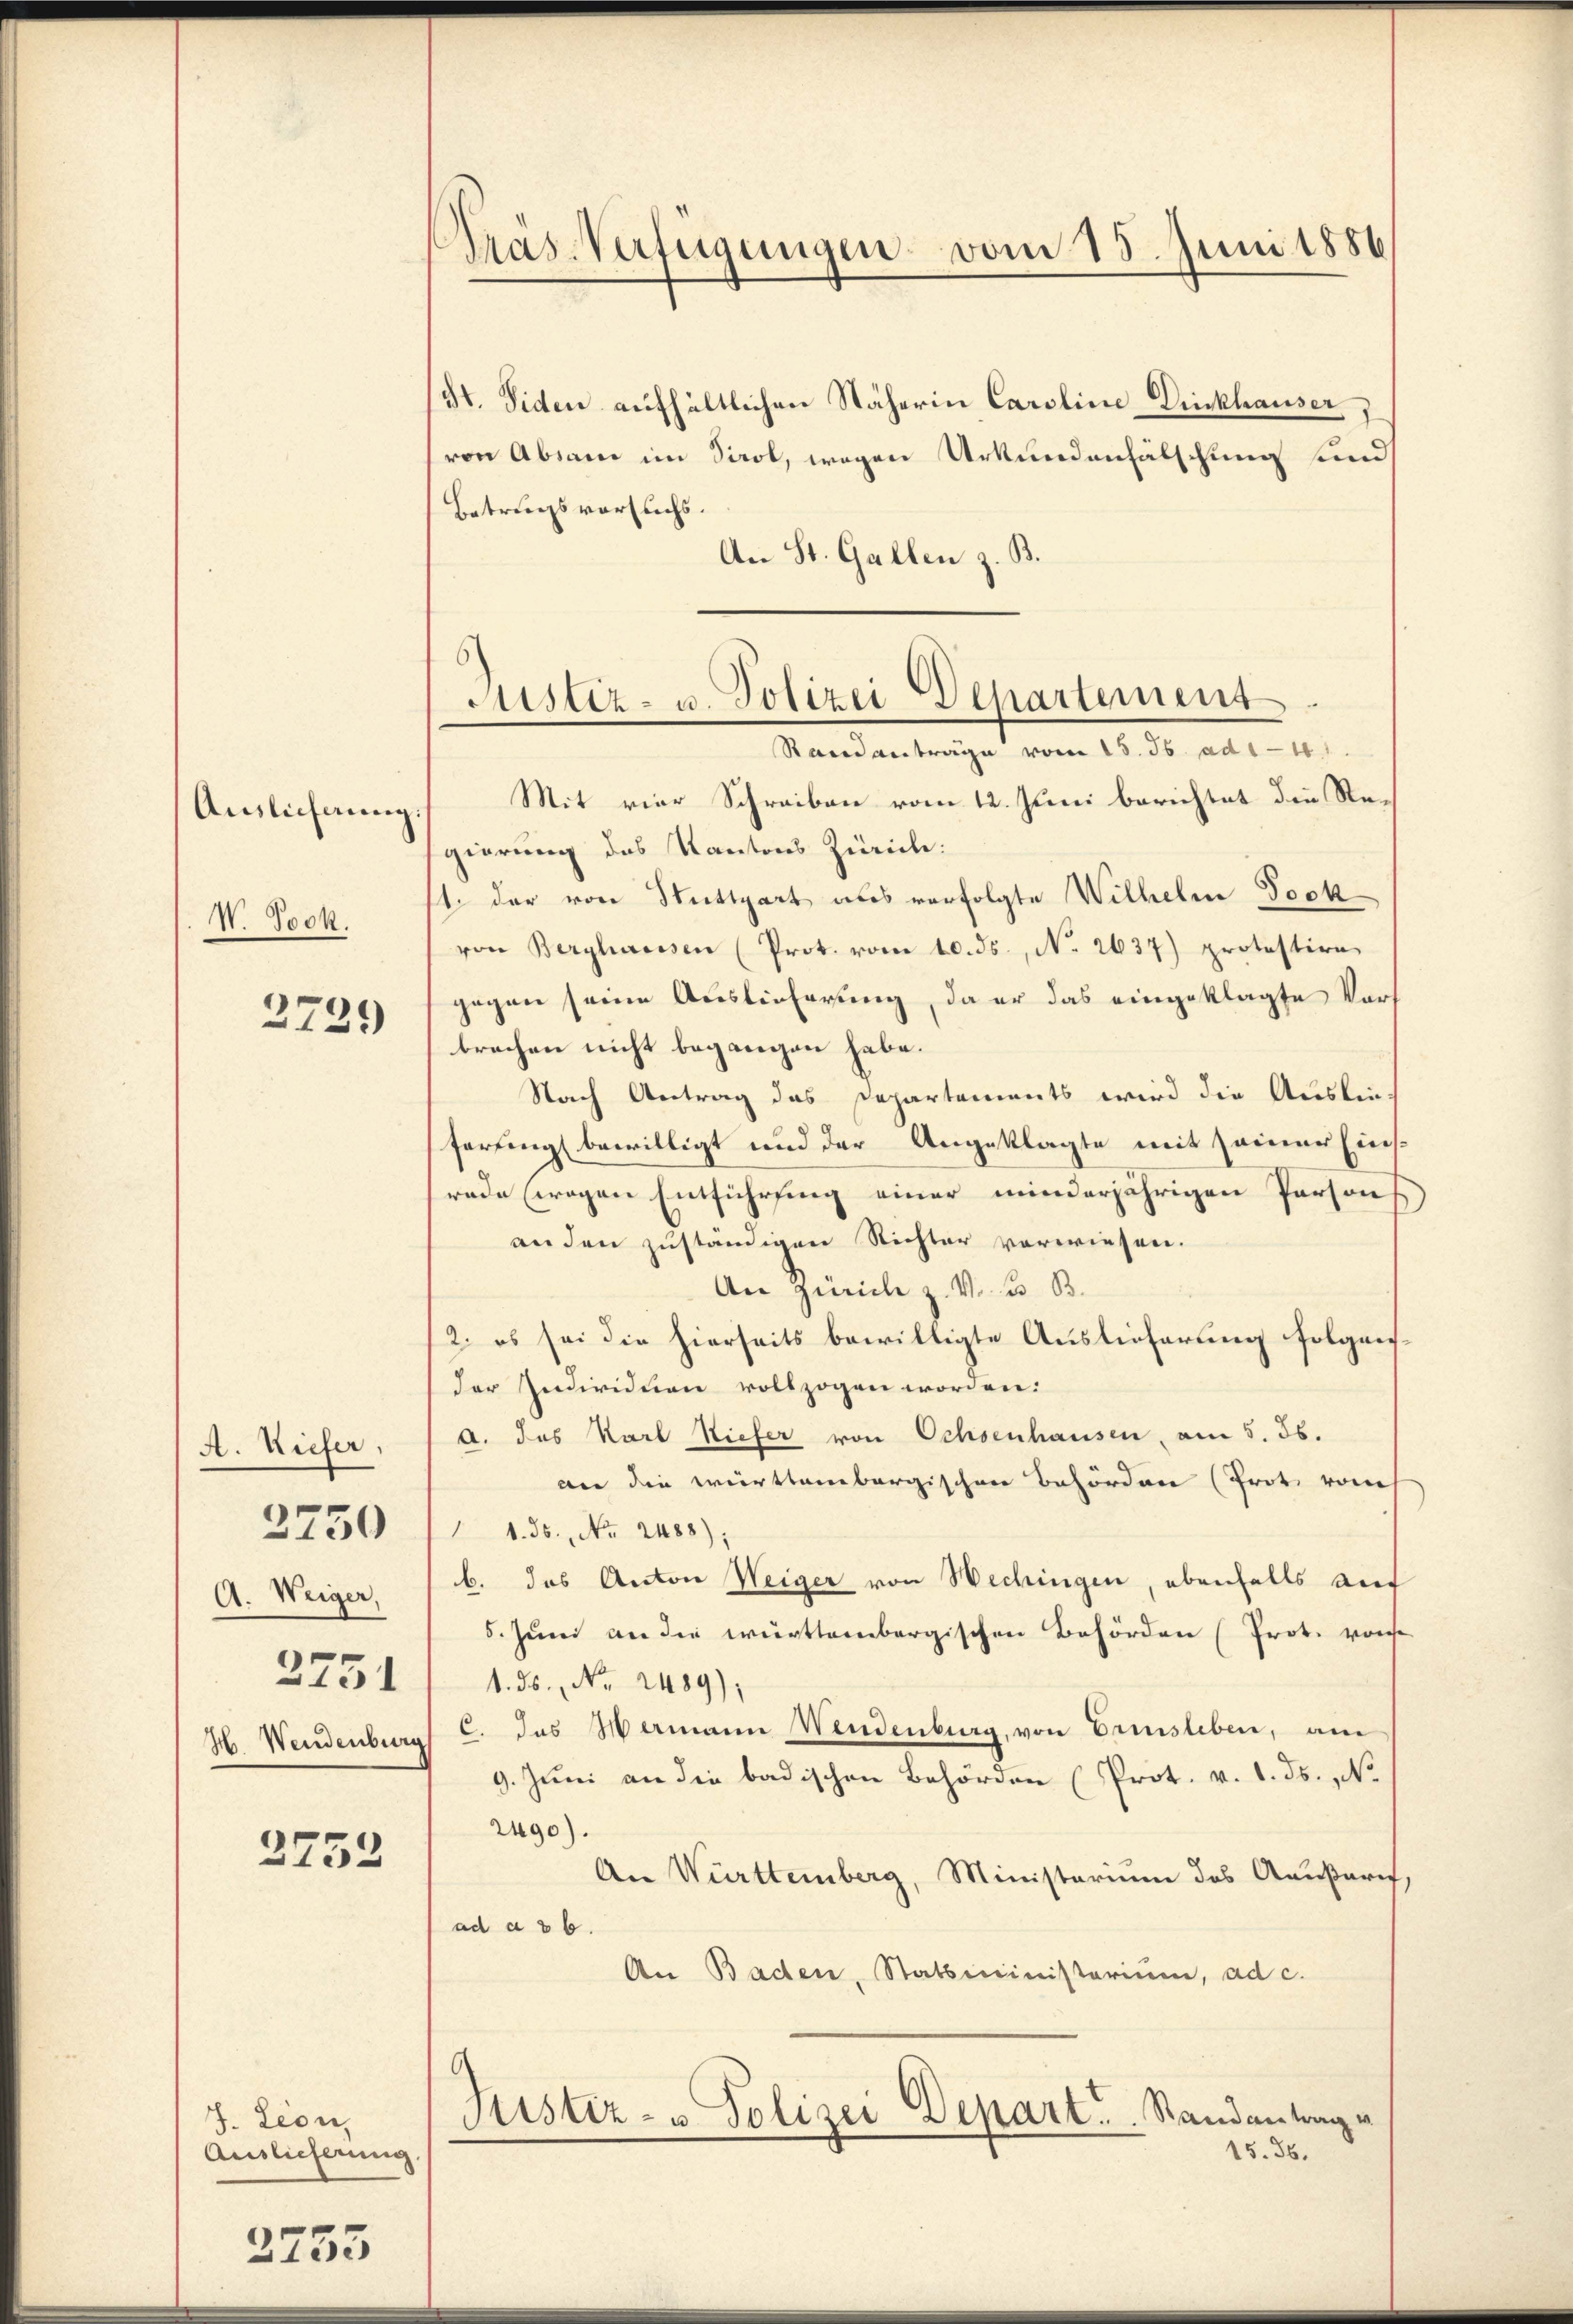
Auslieferung.
V. Jock.

2739

A. Kiefer,
2751
H. Wendenburg

3750

2753

J. Leon,
Auslicherung

2255

Präs-Verfügungen vom 15. Juni 1886

St. Siden aufhältlichen Näherin Caroline-Drickhauser
von Absame im Tirol, wegen Urkundenfälschung und
Betrugsversuchs.
An St. Gallen z. B.
Mit vier Schreiben vom 12. Juni berichtet die Regierung des Kantons Zürich:
11. der von Stuttgart als verfolgte Wilhelm Sock
von Berghaussen (Prot. vom 10. ds., No 2637) protestire
gegen seine Auslieferung, da er das eingeklagte Vors
brechen nicht begangen habe.
Nach Antrag das Departements wird die Auslin-
ferting bewilligt und der Angeklagte mit seiner Einsrade wogen Entführung einer minderjährigen Persons
anden zuständigen Nichter vorwiesen.
An Zürich z. V. B. B.
2. es sei die hierseits bewilligte Auslieferung folgen-
der Individuen vollzogen worden.
a. das Karl Kiefer von Ochsenhausen, am 5. 56.
an die württembergischen Behörden (Prot. vom
 1. 36. No 2488).
A. Weiger, 1 b. das Anton Weiger von Wechingen, ebenfalls auf
5. Juni an die württembergischen Behörden (Prot. von
1. ds., No 2489);
C. das Hermann Wendenburg, von Erinsleben, am
9. Juni an die badischen Behörden (Prot. v. 1. ds. No
2490).
An Württemberg, Ministerium des Aaußare,
ad a 86.
An Baden, Statsministerium, ad c.
Justiz- u Polizei Depart. Randantrag u
15. 36.

Justiz- u. Polizei Departement
Randanträge vom 15. Js. ad 118